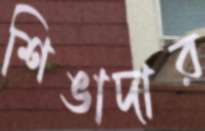
শিঙাদার